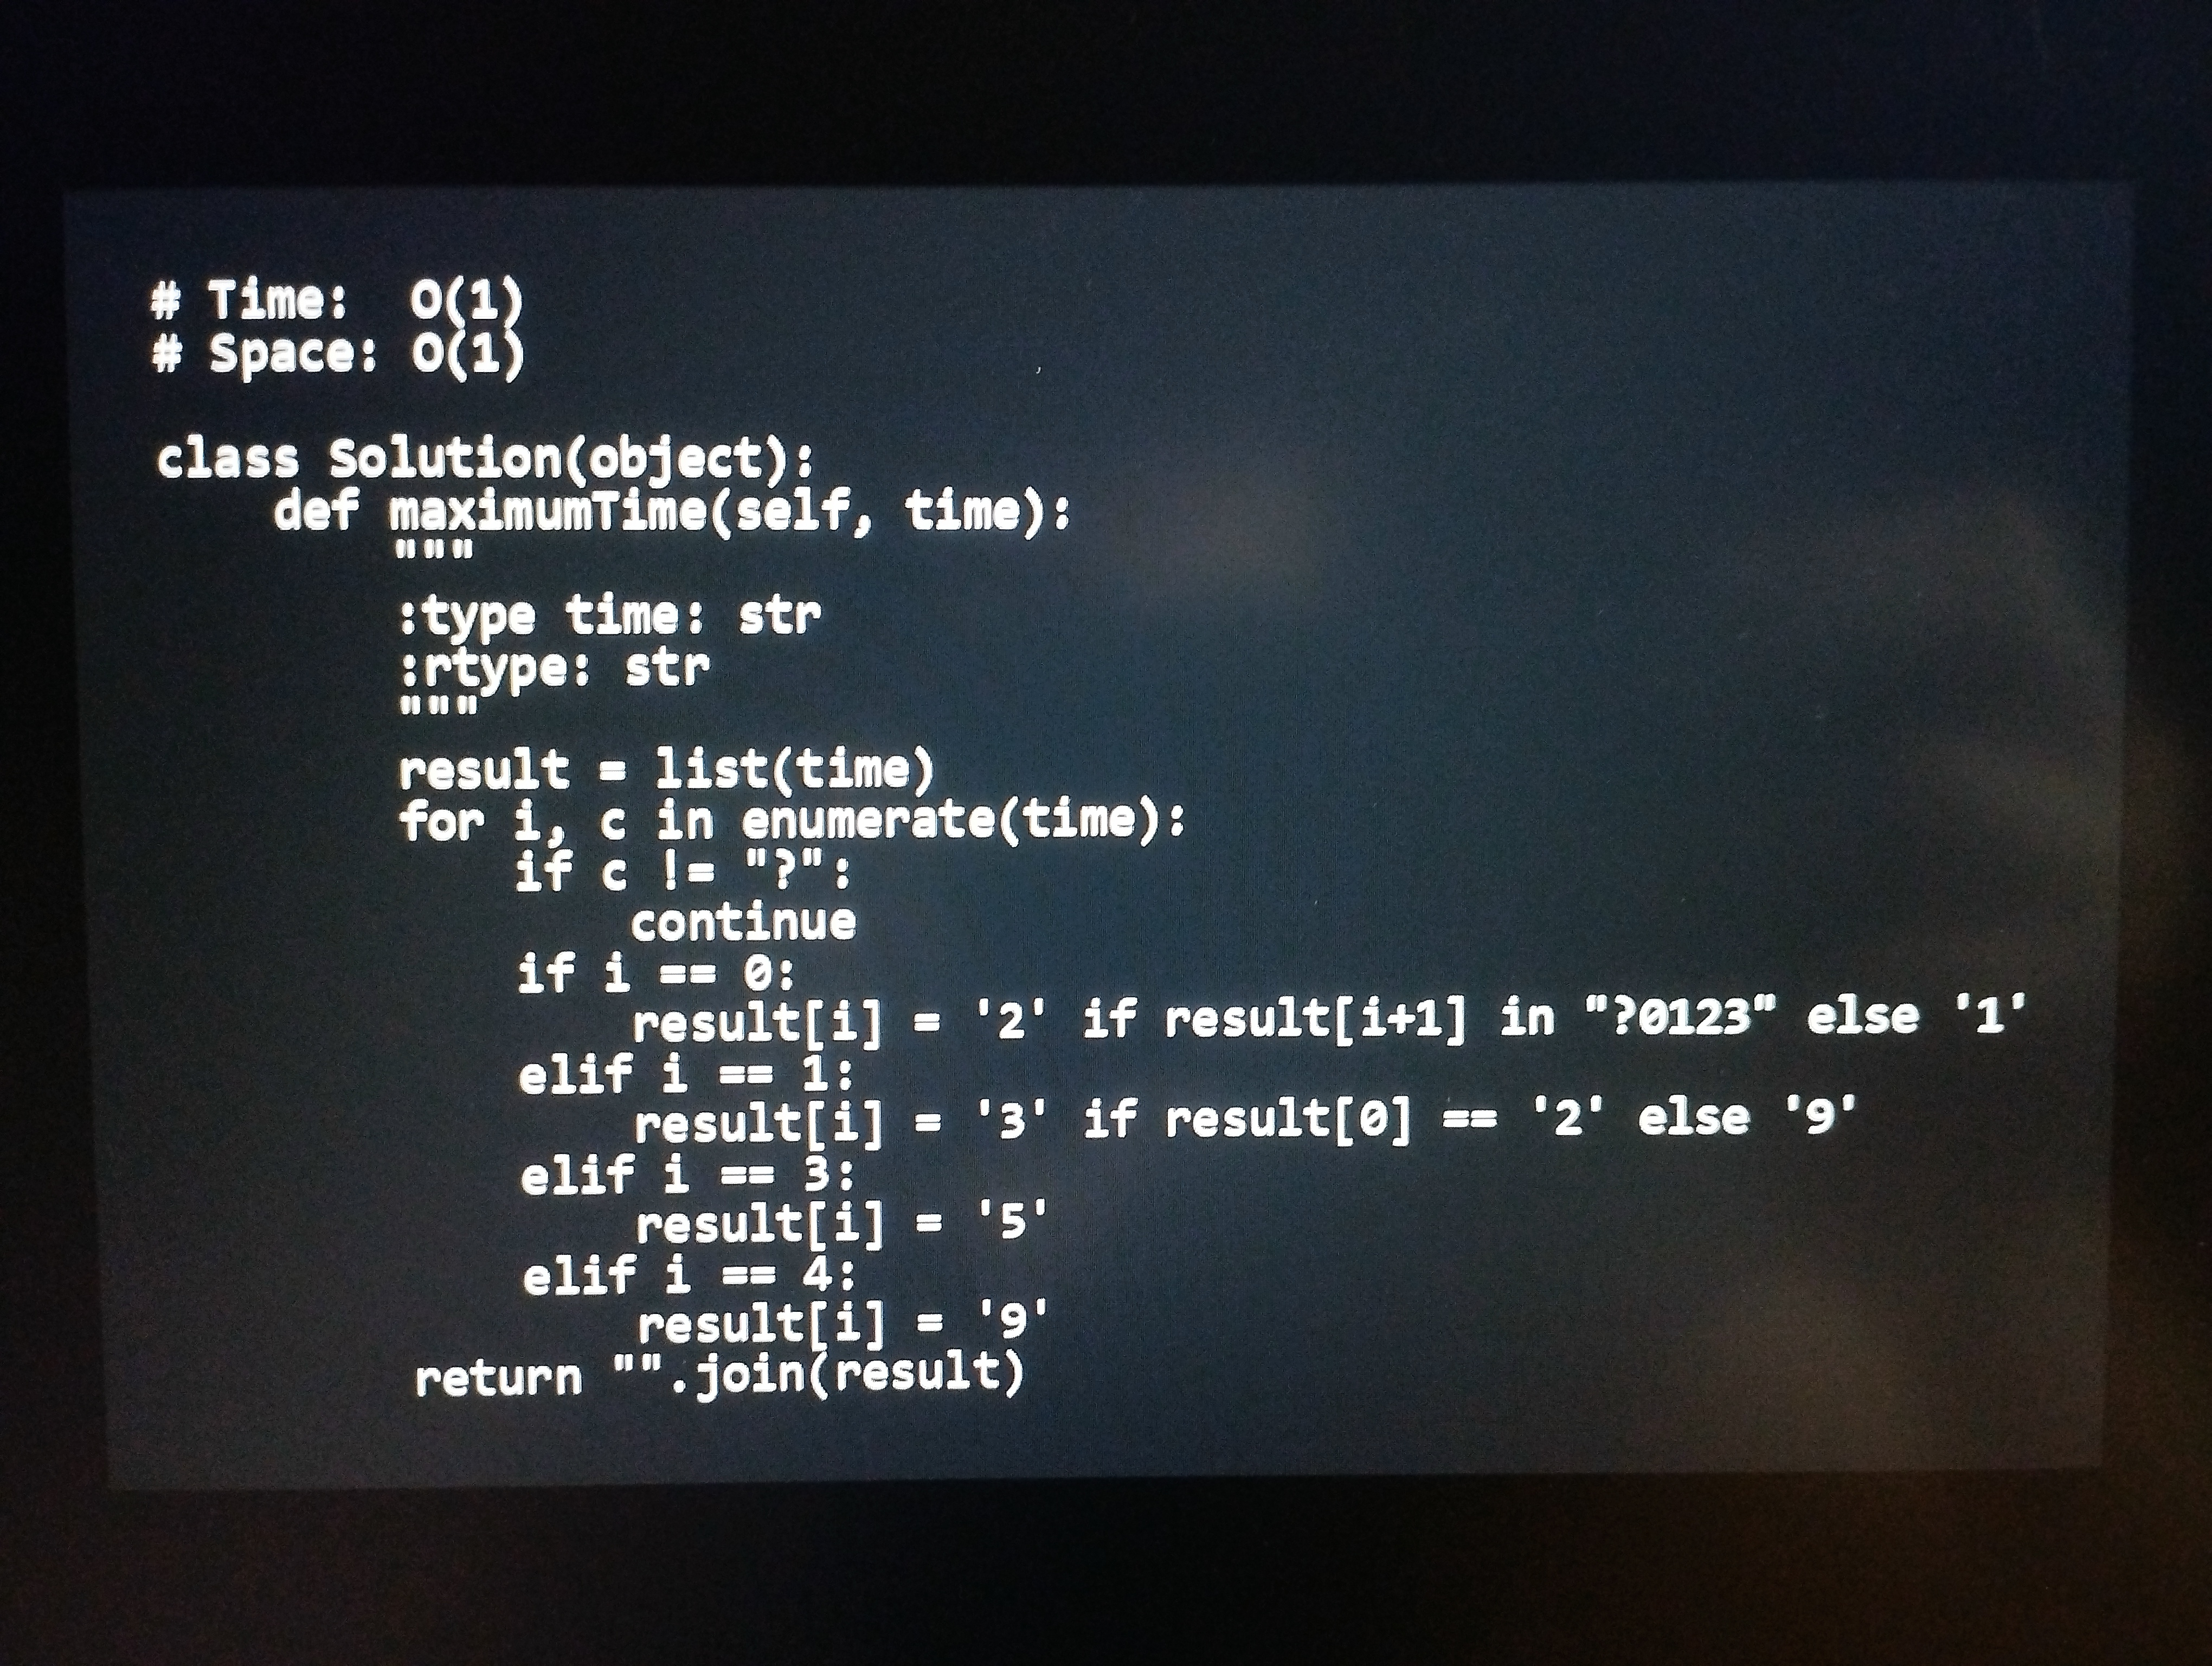
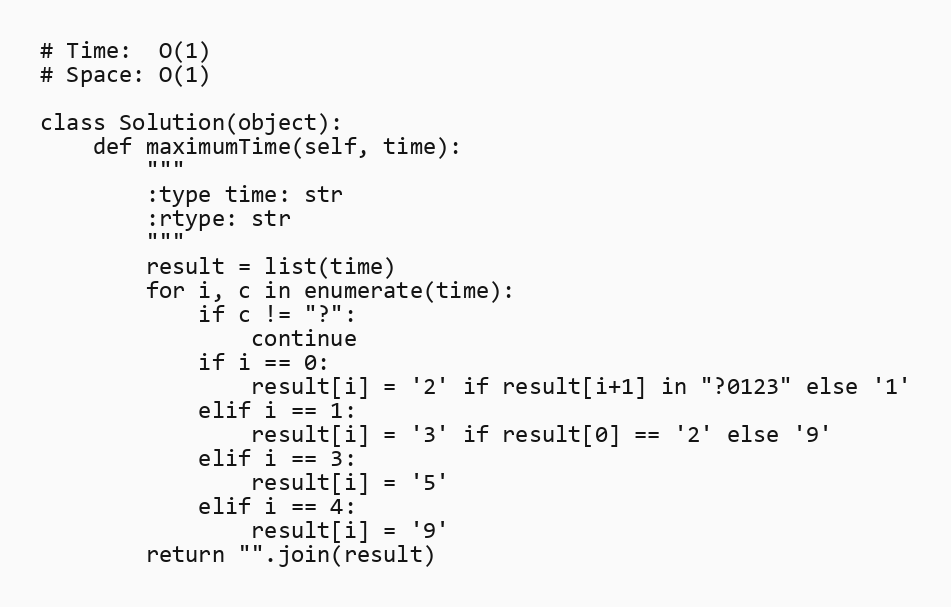
# Time:  O(1)
# Space: O(1)

class Solution(object):
    def maximumTime(self, time):
        """
        :type time: str
        :rtype: str
        """
        result = list(time)
        for i, c in enumerate(time):
            if c != "?":
                continue
            if i == 0:
                result[i] = '2' if result[i+1] in "?0123" else '1'
            elif i == 1:
                result[i] = '3' if result[0] == '2' else '9'
            elif i == 3:
                result[i] = '5'
            elif i == 4:
                result[i] = '9'
        return "".join(result)